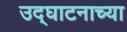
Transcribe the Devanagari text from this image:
उद्घाटनाच्या